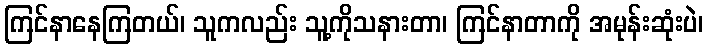
ကြင်နာနေကြတယ်၊ သူကလည်း သူ့ကိုသနားတာ၊ ကြင်နာတာကို အမုန်းဆုံးပဲ၊